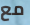
مع